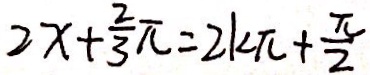
2 x + \frac { 2 } { 3 } \pi = 2 k \pi + \frac { \pi } { 2 }